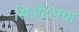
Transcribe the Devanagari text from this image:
सिॲटलचा